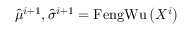
\begin{array} { r } { \hat { \mu } ^ { i + 1 } , \hat { \sigma } ^ { i + 1 } = \operatorname { F e n g W u } \left( X ^ { i } \right) } \end{array}